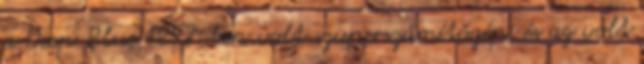
a Deep Blue 1997-ben volt szuperszámítógép, és az volt